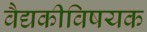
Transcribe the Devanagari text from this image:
वैद्यकीविषयक